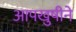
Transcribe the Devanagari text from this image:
आपखुषीने